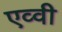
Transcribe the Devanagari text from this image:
एव्वी